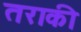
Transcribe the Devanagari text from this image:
तराकी